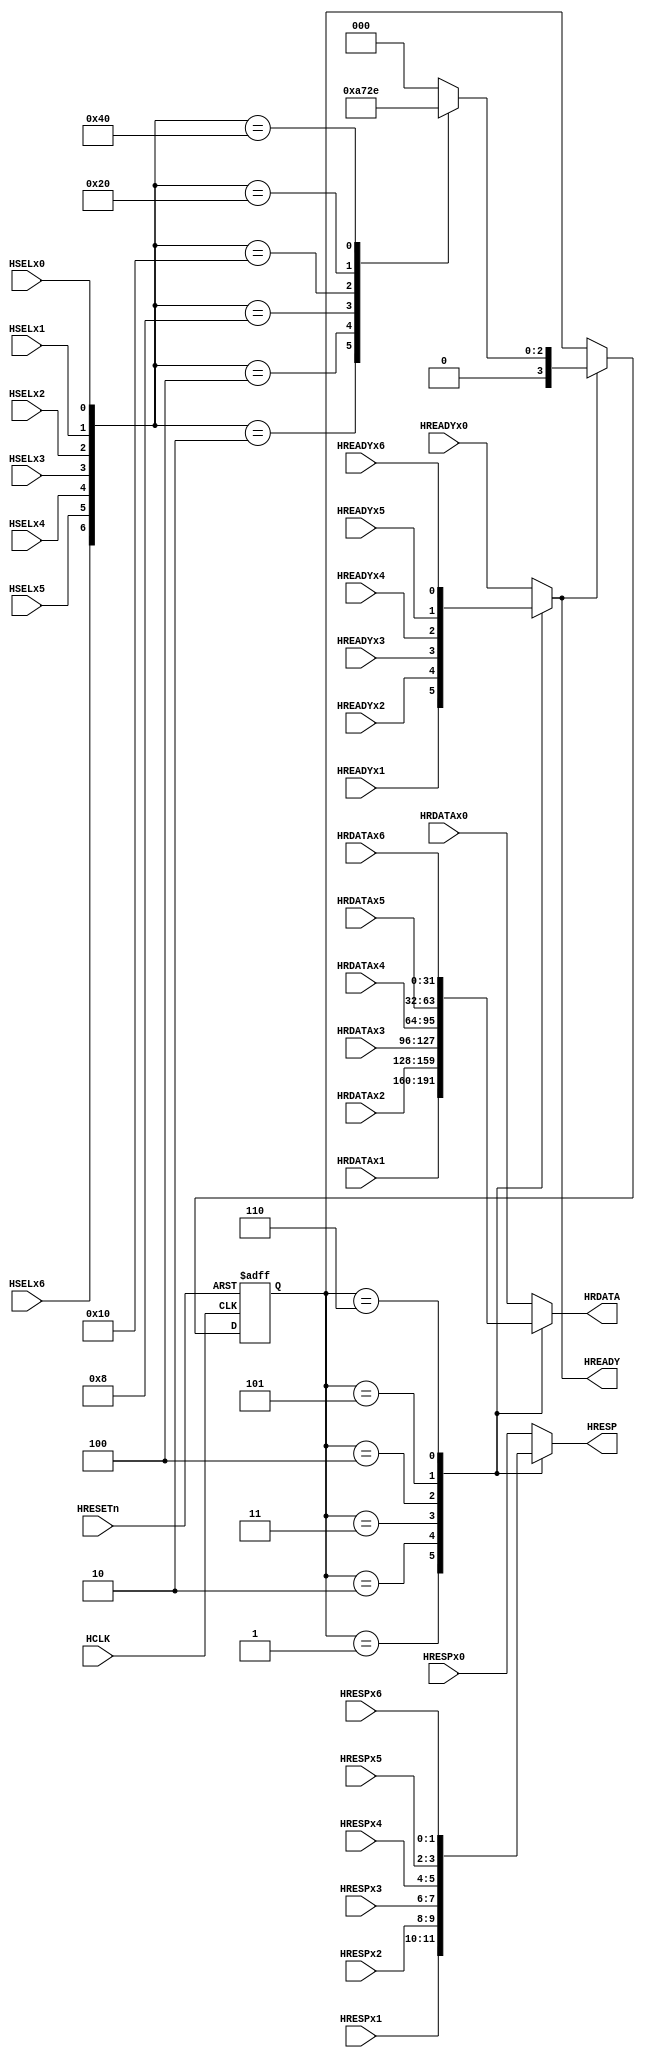
module ahb_mux_s2m
(
  // -------------
  // Input pins //
  // -------------
  // Clock and reset
  input HCLK,
  input HRESETn,
  // Slave datas
  input [31:0] HRDATAx0,
  input [31:0] HRDATAx1,
  input [31:0] HRDATAx2,
  input [31:0] HRDATAx3,
  input [31:0] HRDATAx4,
  input [31:0] HRDATAx5,
  input [31:0] HRDATAx6,
  // Control signals
  input HSELx0,
  input HSELx1,
  input HSELx2,
  input HSELx3,
  input HSELx4,
  input HSELx5,
  input HSELx6,
  // Slave responses
  input HREADYx0,
  input HREADYx1,
  input HREADYx2,
  input HREADYx3,
  input HREADYx4,
  input HREADYx5,
  input HREADYx6,

  input [1:0] HRESPx0,
  input [1:0] HRESPx1,
  input [1:0] HRESPx2,
  input [1:0] HRESPx3,
  input [1:0] HRESPx4,
  input [1:0] HRESPx5,
  input [1:0] HRESPx6,
  // --------------
  // Output pins //
  // --------------
  output reg HREADY,
  output reg [1:0] HRESP,
  output reg [31:0] HRDATA
);
// Slave select register
reg [3:0] slave_select;
// Slave select register update
always @ (posedge HCLK or negedge HRESETn) begin
  if(!HRESETn) begin
    slave_select <= 16'b0;
  end
  else begin
    // If HREADY is high, update slave_select
    if(HREADY) begin
      case({HSELx6, HSELx5, HSELx4, HSELx3, HSELx2, HSELx1, HSELx0})
        7'b10: slave_select <= 4'h1;
        7'b100: slave_select <= 4'h2;
        7'b1000: slave_select <= 4'h3;
        7'b10000: slave_select <= 4'h4;
        7'b100000: slave_select <= 4'h5;
        7'b1000000: slave_select <= 4'h6;
        // Default is for default slave
        default: slave_select <= 4'h0;
      endcase
    end
  end
end

// Read data multiplexor
always @ (*) begin
  case(slave_select)
    4'h1: HRDATA = HRDATAx1;
    4'h2: HRDATA = HRDATAx2;
    4'h3: HRDATA = HRDATAx3;
    4'h4: HRDATA = HRDATAx4;
    4'h5: HRDATA = HRDATAx5;
    4'h6: HRDATA = HRDATAx6;
    default: HRDATA = HRDATAx0;
  endcase
end

// Response multiplexor
always @ (*) begin
  case(slave_select)
    4'h1: begin
      HRESP = HRESPx1;
      HREADY = HREADYx1;
    end
    4'h2: begin
      HRESP = HRESPx2;
      HREADY = HREADYx2;
    end
    4'h3: begin
      HRESP = HRESPx3;
      HREADY = HREADYx3;
    end
    4'h4: begin
      HRESP = HRESPx4;
      HREADY = HREADYx4;
    end
    4'h5: begin
      HRESP = HRESPx5;
      HREADY = HREADYx5;
    end
    4'h6: begin
      HRESP = HRESPx6;
      HREADY = HREADYx6;
    end
    default: begin
      HRESP = HRESPx0;
      HREADY = HREADYx0;
    end
  endcase
end

endmodule